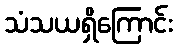
သံသယရှိကြောင်း